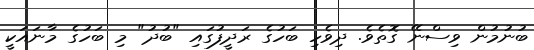
ބުނުމުން ވިސްނޭ ގޮތެވެ. ދިވެހި ބަހުގެ ރަދީފުގައި "ބުދު" މި ބަހުގެ މާނައަކީ